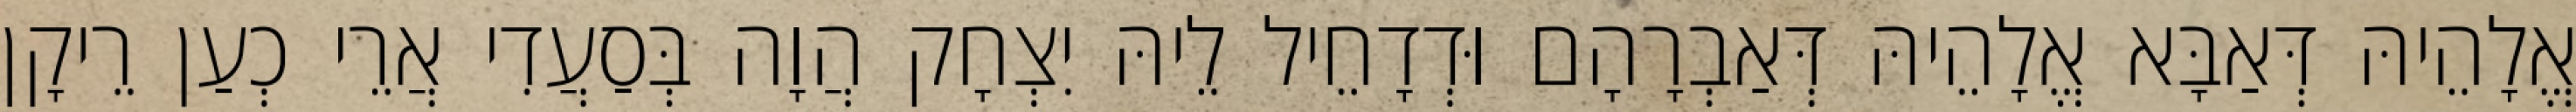
אֱלָהֵיהּ דְּאַבָּא אֱלָהֵיהּ דְּאַבְרָהָם וּדְדָחֵיל לֵיהּ יִצְחָק הֲוָה בְּסַעֲדִי אֲרֵי כְעַן רֵיקָן